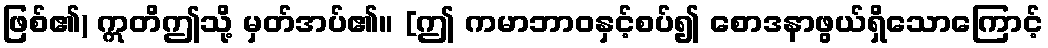
ဖြစ်၏) ဣတိဤသို့ မှတ်အပ်၏။ [ဤ ကမာဘာဝနှင့်စပ်၍ စောဒနာဖွယ်ရှိသောကြောင့်